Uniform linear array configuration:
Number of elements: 64
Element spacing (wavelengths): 0.5
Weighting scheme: hamming
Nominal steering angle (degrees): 60
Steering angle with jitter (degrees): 60.825
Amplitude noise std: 0.05
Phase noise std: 0.05

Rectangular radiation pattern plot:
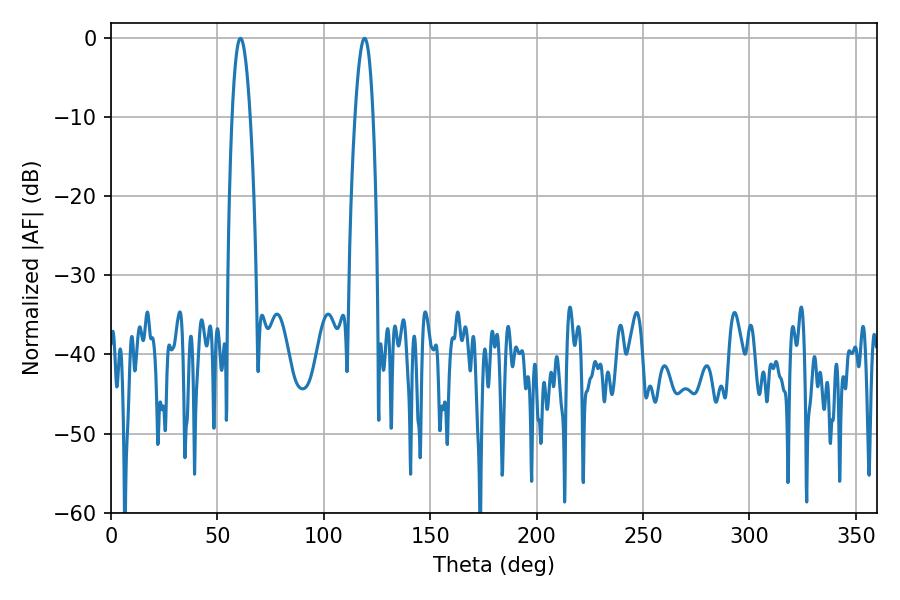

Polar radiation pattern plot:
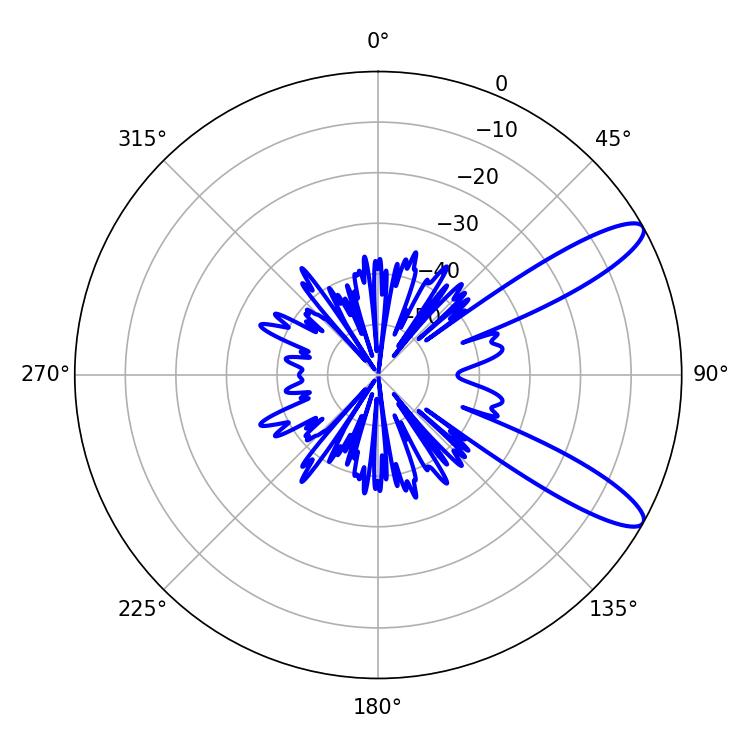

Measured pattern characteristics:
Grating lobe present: FALSE
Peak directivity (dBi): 11.118
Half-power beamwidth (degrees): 4.5
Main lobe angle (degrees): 60.84